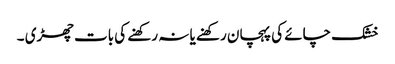
خشک چائے کی پہچان رکھنے یا نہ رکھنے کی بات چھڑی ۔